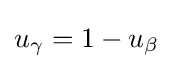
u_{\gamma }=1-u_{\beta }